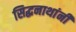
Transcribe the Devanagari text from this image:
सिद्धनाथांनी